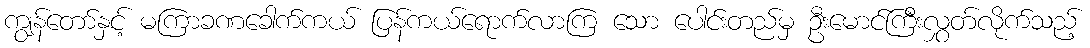
ကျွန်တော်နှင့် မကြာခဏခေါက်ကယ် ပြန်ကယ်ရောက်လာကြ သော ပေါင်းတည်မှ ဦးမောင်ကြီးလွှတ်လိုက်သည့်